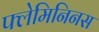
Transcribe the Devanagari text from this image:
फ्लेमिनिनस